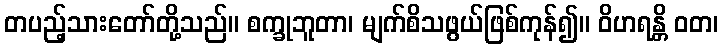
တပည့်သားတော်တို့သည်။ စက္ခုဘူတာ၊ မျက်စိသဖွယ်ဖြစ်ကုန်၍။ ဝိဟရန္တိ ဝတ၊